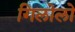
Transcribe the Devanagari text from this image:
गिलोलो